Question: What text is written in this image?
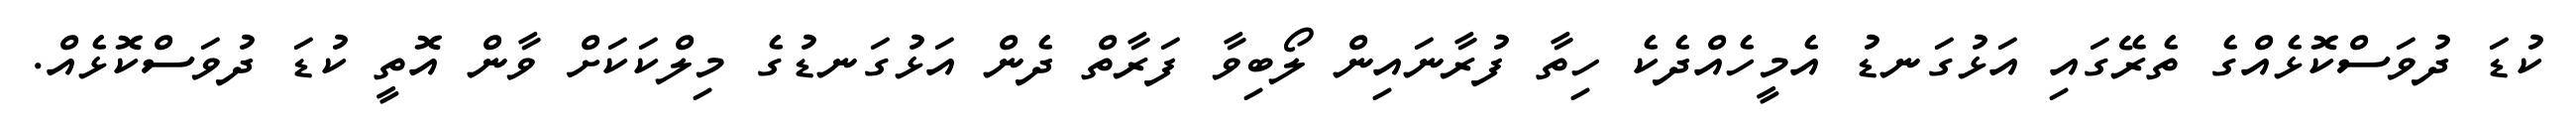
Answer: ކުޑަ ދުވަސްކޮޅެއްގެ ތެރޭގައި އަޅުގަނޑު އެމީހެއްދެކެ ހިތާ ފުރާނައިން ލޯބިވާ ފަރާތް ދެން އަޅުގަނޑުގެ މިލްކަކަށް ވާން އޮތީ ކުޑަ ދުވަސްކޮޅެއް.